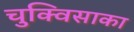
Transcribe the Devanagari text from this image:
चुक्विसाका